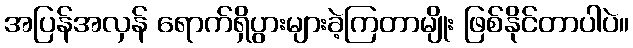
အပြန်အလှန် ရောက်ရှိပွားများခဲ့ကြတာမျိုး ဖြစ်နိုင်တာပါပဲ။